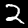
Digit: 2